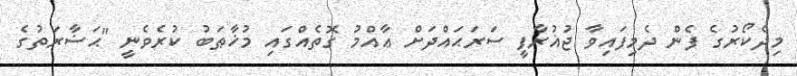
މިދެކޯރުގެ ފެން ދެމިފައިވާ ޖުޣުރާފީ ސަރަޙައްދަށް ޢާއްމު ގޮތެއްގައި މުޚާޠަބު ކުރެވެނީ "ޙަޟާރަތުގެ